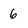
Character: 6